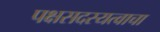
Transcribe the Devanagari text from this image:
पक्षसदस्यत्वाचा